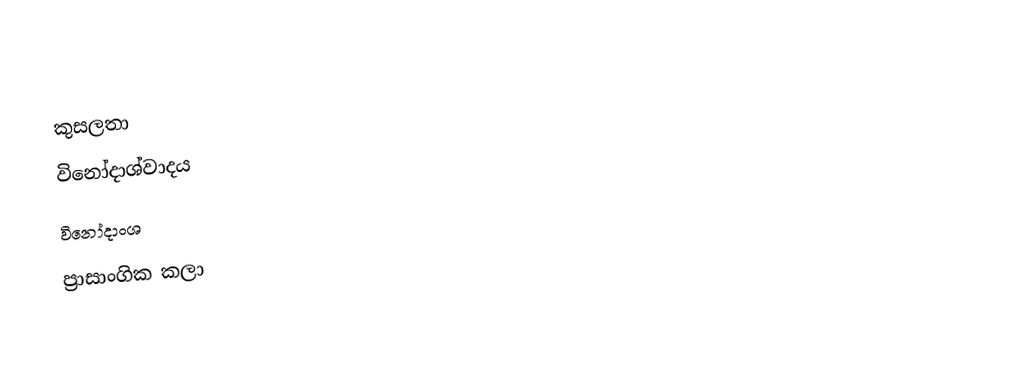
කුසලතා
විනෝදාශ්වාදය
විනෝදාංශ
ප්‍රාසාංගික කලා